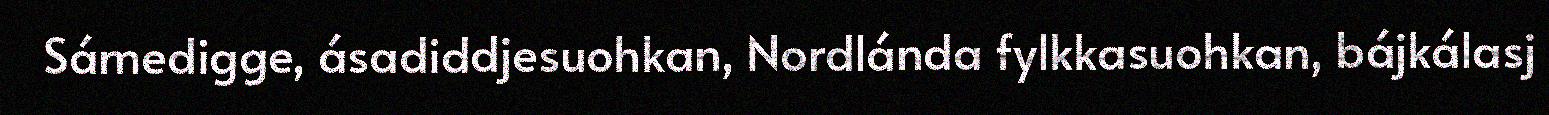
Sámedigge, ásadiddjesuohkan, Nordlánda fylkkasuohkan, bájkálasj